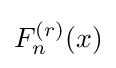
F_{n}^{(r)}(x)